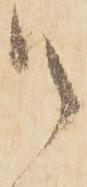
御